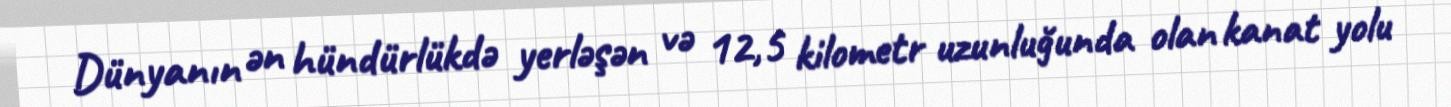
Dünyanın ən hündürlükdə yerləşən və 12,5 kilometr uzunluğunda olan kanat yolu